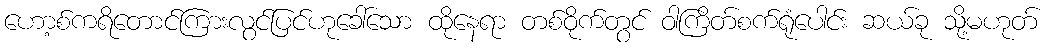
ဟော့စ်ကရိတောင်ကြားလွင်ပြင်ဟုခေါ်သော ထိုနေရာ တစ်ဝိုက်တွင် ဝါကြိတ်စက်ရုံပေါင်း ဆယ်ခု သို့မဟုတ်